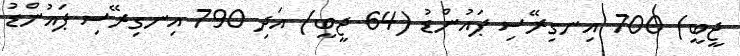
ޖީބީ) 700 އިނގިރޭސި ޕައުންޑު (64 ޖީބީ) އަދި 790 އިނގިރޭސި ޕައުންޑު